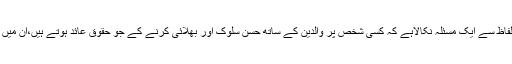
(بخاری)بعض حضرات نے اس حدیث کے الفاظ سے ایک مسئلہ نکالاہے کہ کسی شخص پر والدین کے ساتھ حسنِ سلوک اور بھلائی کرنے کے جو حقوق عائد ہوتے ہیں،ان میں ماں کا حصہ باپ سے تین گنا بڑھا ہوا ہے ۔